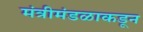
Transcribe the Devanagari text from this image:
मंत्रीमंडळाकडून